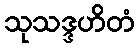
သုသဒ္ဒဟိတံ